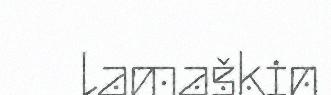
lamaškin